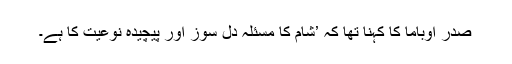
صدر اوباما کا کہنا تھا کہ ’شام کا مسئلہ دل سوز اور پیچیدہ نوعیت کا ہے۔